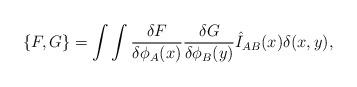
LaTeX: \begin{align*}\{ F,G\} =\int\int {{\delta F} \over {\delta \phi_A(x)}} {{\delta G} \over {\delta \phi_B(y)}}\hat I_{AB}(x)\delta(x,y),\end{align*}